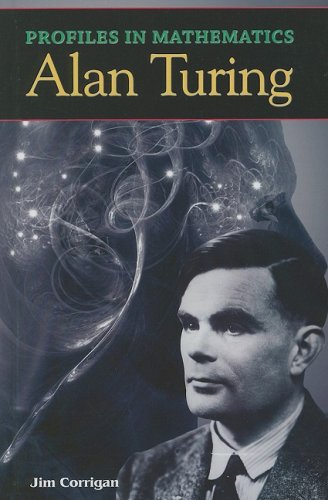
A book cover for Alan Turing (Profiles in Mathematics); Jim Corrigan; Children's Books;